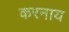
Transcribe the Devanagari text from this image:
करनाय